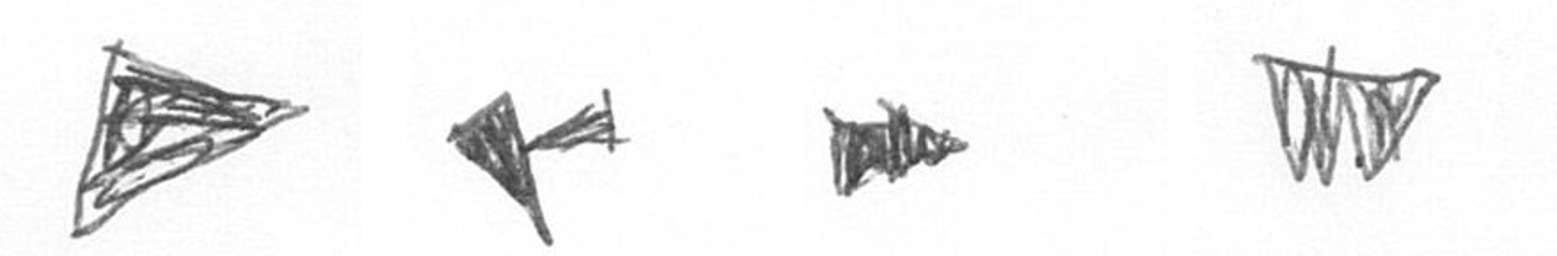
T F A L